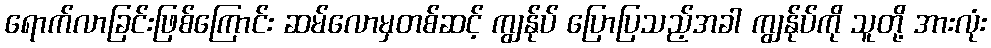
ရောက်လာခြင်းဖြစ်ကြောင်း ဆမ်လောမှတစ်ဆင့် ကျွန်ုပ် ပြောပြသည့်အခါ ကျွန်ုပ်ကို သူတို့ အားလုံး